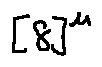
[ 8 ] ^ { u }